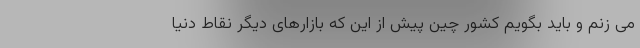
می زنم و باید بگویم کشور چین پیش از این که بازارهای دیگر نقاط دنیا